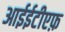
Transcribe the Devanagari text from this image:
आईईटीएफ़